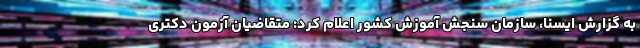
به گزارش ایسنا، سازمان سنجش آموزش کشور اعلام کرد: متقاضیان آزمون دکتری